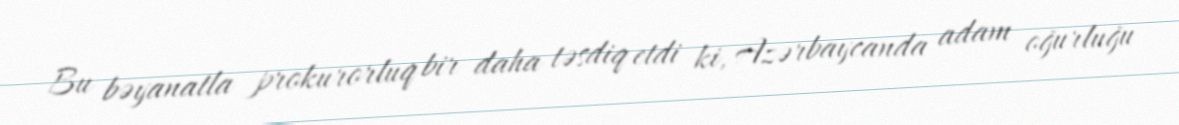
Bu bəyanatla prokurorluq bir daha təsdiq etdi ki, Azərbaycanda adam oğurluğu